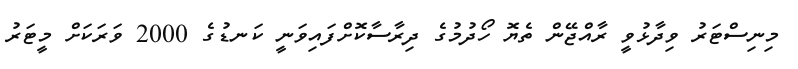
މިނިސްޓަރު ވިދާޅުވީ ރާއްޖޭން ތެޔޮ ހޯދުމުގެ ދިރާސާކޮށްފައިވަނީ ކަނޑުގެ 2000 ވަރަކަށް މީޓަރު